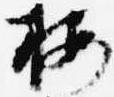
按